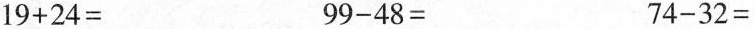
$$1 9 + 2 4 =$$ $$9 9 - 4 8 =$$ $$7 4 - 3 2 =$$